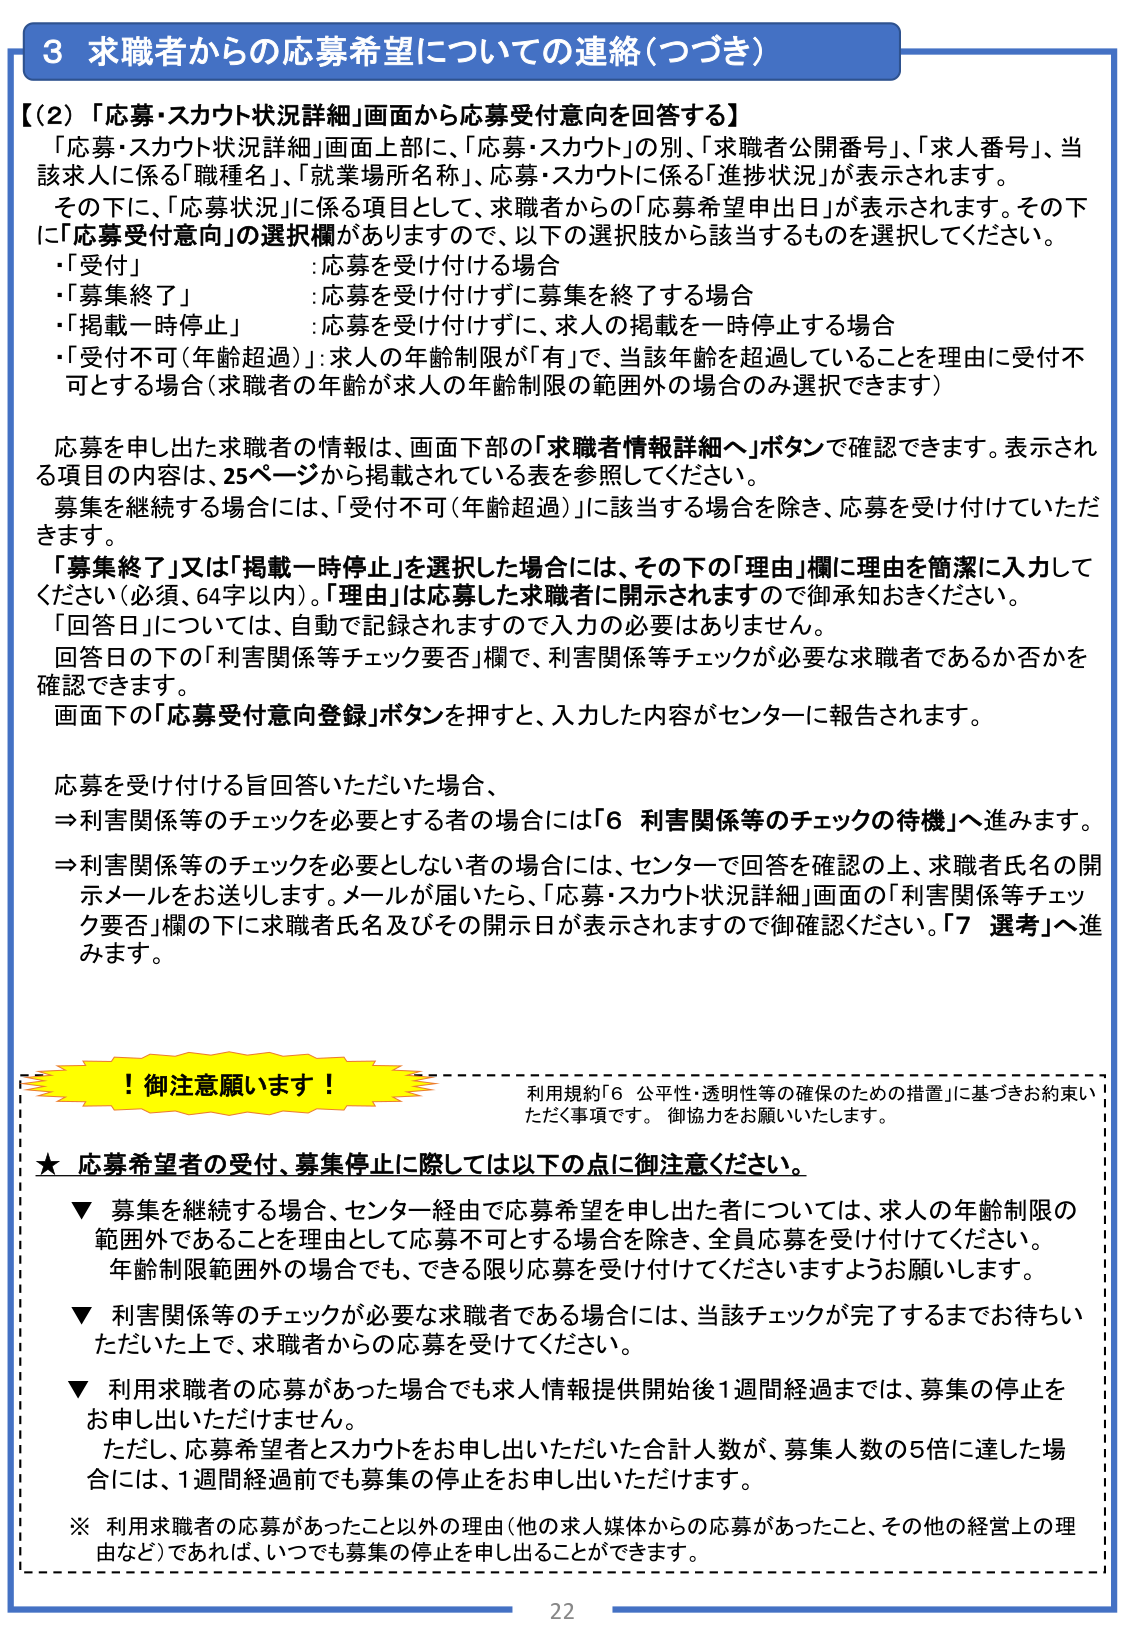
3 求職者からの応募希望についての連絡（つづき）

【（2）「応募・スカウト状況詳細」画面から応募受付意向を回答する】
「応募・スカウト状況詳細」画面上部に、「応募・スカウト」の別、「求職者公開番号」、「求人番号」、当該求人に係る「職種名」、「就業場所名称」、応募・スカウトに係る「進捗状況」が表示されます。
その下に、「応募状況」に係る項目として、求職者からの「応募希望申出日」が表示されます。その下に「応募受付意向」の選択欄がありますので、以下の選択肢から該当するものを選択してください。
・「受付」：応募を受け付ける場合
・「募集終了」：応募を受け付けずに募集を終了する場合
・「掲載一時停止」：応募を受け付けずに、求人の掲載を一時停止する場合
・「受付不可（年齢超過）」：求人の年齢制限が「有」で、当該年齢を超過していることを理由に受付不可とする場合（求職者の年齢が求人の年齢制限の範囲外の場合のみ選択できます）

応募を申し出た求職者の情報は、画面下部の「求職者情報詳細へ」ボタンで確認できます。表示される項目の内容は、25ページから掲載されている表を参照してください。
募集を継続する場合には、「受付不可（年齢超過）」に該当する場合を除き、応募を受け付けていただきます。
「募集終了」又は「掲載一時停止」を選択した場合には、その下の「理由」欄に理由を簡潔に入力してください（必須、64字以内）。「理由」は応募した求職者に開示されますので御承知おきください。
「回答日」については、自動で記録されますので入力の必要はありません。
回答日の下の「利害関係等チェック要否」欄で、利害関係等チェックが必要な求職者であるか否かを確認できます。
画面下の「応募受付意向登録」ボタンを押すと、入力した内容がセンターに報告されます。

応募を受け付ける旨回答いただいた場合、
⇒利害関係等のチェックを必要とする者の場合には「6 利害関係等のチェックの待機」へ進みます。
⇒利害関係等のチェックを必要としない者の場合には、センターで回答を確認の上、求職者氏名の開示メールをお送りします。メールが届いたら、「応募・スカウト状況詳細」画面の「利害関係等チェック要否」欄の下に求職者氏名及びその開示日が表示されますので御確認ください。「7 選考」へ進みます。

！御注意願います！
利用規約「6 公平性・透明性等の確保のための措置」に基づきお約束いただく事項です。御協力をお願いいたします。

★ 応募希望者の受付、募集停止に際しては以下の点に御注意ください。
▼ 募集を継続する場合、センター経由で応募希望を申し出た者については、求人の年齢制限の範囲外であることを理由として応募不可とする場合を除き、全員応募を受け付けてください。年齢制限範囲外の場合でも、できる限り応募を受け付けてくださいますようお願いします。
▼ 利害関係等のチェックが必要な求職者である場合には、当該チェックが完了するまでお待ちいただいた上で、求職者からの応募を受けてください。
▼ 利用求職者の応募があった場合でも求人情報提供開始後1週間経過までは、募集の停止をお申し出いただけません。
ただし、応募希望者とスカウトをお申し出いただいた合計人数が、募集人数の5倍に達した場合には、1週間経過前でも募集の停止をお申し出いただけます。
※ 利用求職者の応募があったこと以外の理由（他の求人媒体からの応募があったこと、その他の経営上の理由など）であれば、いつでも募集の停止を申し出ることができます。

22